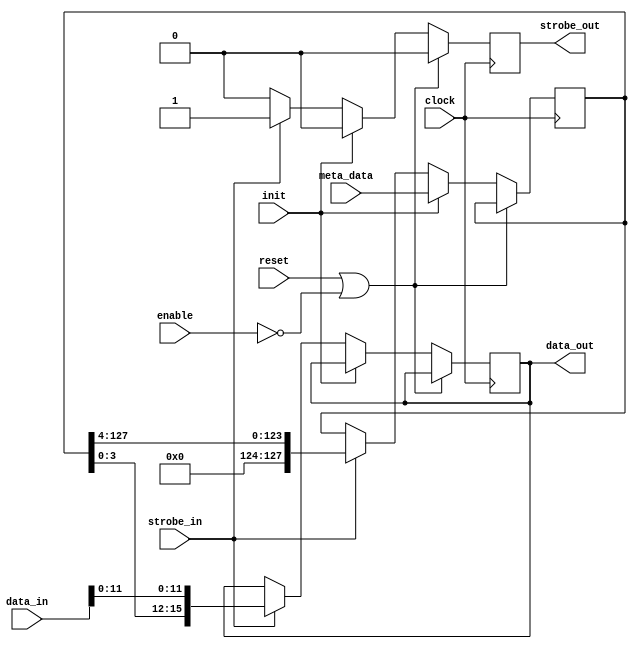
// -*- verilog -*-
//
//  USRP - Universal Software Radio Peripheral
//
//  Copyright (C) 2010 John Brzustowski
//
//  This program is free software; you can redistribute it and/or modify
//  it under the terms of the GNU General Public License as published by
//  the Free Software Foundation; either version 2 of the License, or
//  (at your option) any later version.
//
//  This program is distributed in the hope that it will be useful,
//  but WITHOUT ANY WARRANTY; without even the implied warranty of
//  MERCHANTABILITY or FITNESS FOR A PARTICULAR PURPOSE.  See the
//  GNU General Public License for more details.
//
//  You should have received a copy of the GNU General Public License
//  along with this program; if not, write to the Free Software
//  Foundation, Inc., 51 Franklin Street, Boston, MA  02110-1301  USA
//

// Buffer that packs metadata into high-order bits of sample words.
//
// meta[127:0], sample[15:0][n]
// -> {meta[3:0], sample[11:0][0]},
//    {meta[7:4], sample[11:0][1]},
//    ...,
//    {meta[127:124], sample[11:0][31]},
//    {0, 0, 0, 0,    sample[11:0][32]},
//    {0, 0, 0, 0,    sample[11:0][33]},
//    ...,
//    {0, 0, 0, 0,    sample[11:0][n-1]}

module buffer_with_header
  (clock,reset,enable,init,data_in,strobe_in,meta_data,data_out,strobe_out);
   
   parameter data_width = 16;
   parameter data_width_used = 12; // must be less than data_width!
   parameter meta_data_width = 128;
   
`define pack_width (data_width - data_width_used)
`define num_packs meta_data_width / `pack_width
   
   input clock;
   input reset;
   input enable;
   input init;
   input [data_width-1:0]      data_in;
   input 		       strobe_in;
   input [meta_data_width-1:0] meta_data;
   output reg [data_width-1:0] data_out;
   output reg 		       strobe_out;
   
   reg [meta_data_width-1:0]   hold_meta;
   
   always @(posedge clock)
     if(reset | ~enable)
       begin
	  strobe_out <= #1 0;
       end
     else if (init)
       begin
	  hold_meta <= #1 meta_data;
	  strobe_out <= #1 0;
       end
     else if (strobe_in)
       begin
	  data_out <= #1 {hold_meta[`pack_width - 1:0], data_in[data_width_used - 1:0]};
	  hold_meta <= #1 hold_meta >> `pack_width;
	  strobe_out <= #1 1;
       end
     else
       strobe_out <= #1 0;
   
endmodule // buffer_with_header